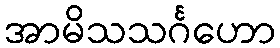
အာမိသသင်္ဂဟော